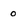
Character: 0